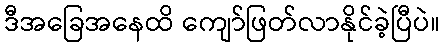
ဒီအခြေအနေထိ ကျော်ဖြတ်လာနိုင်ခဲ့ပြီပဲ။